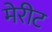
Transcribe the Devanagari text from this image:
मेरीट